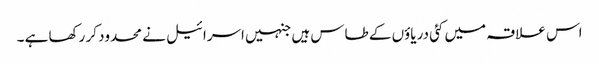
اس علاقہ میں کئی دریاؤں کے طاس ہیں جنہیں اسرائیل نے محدود کر رکھا ہے ۔